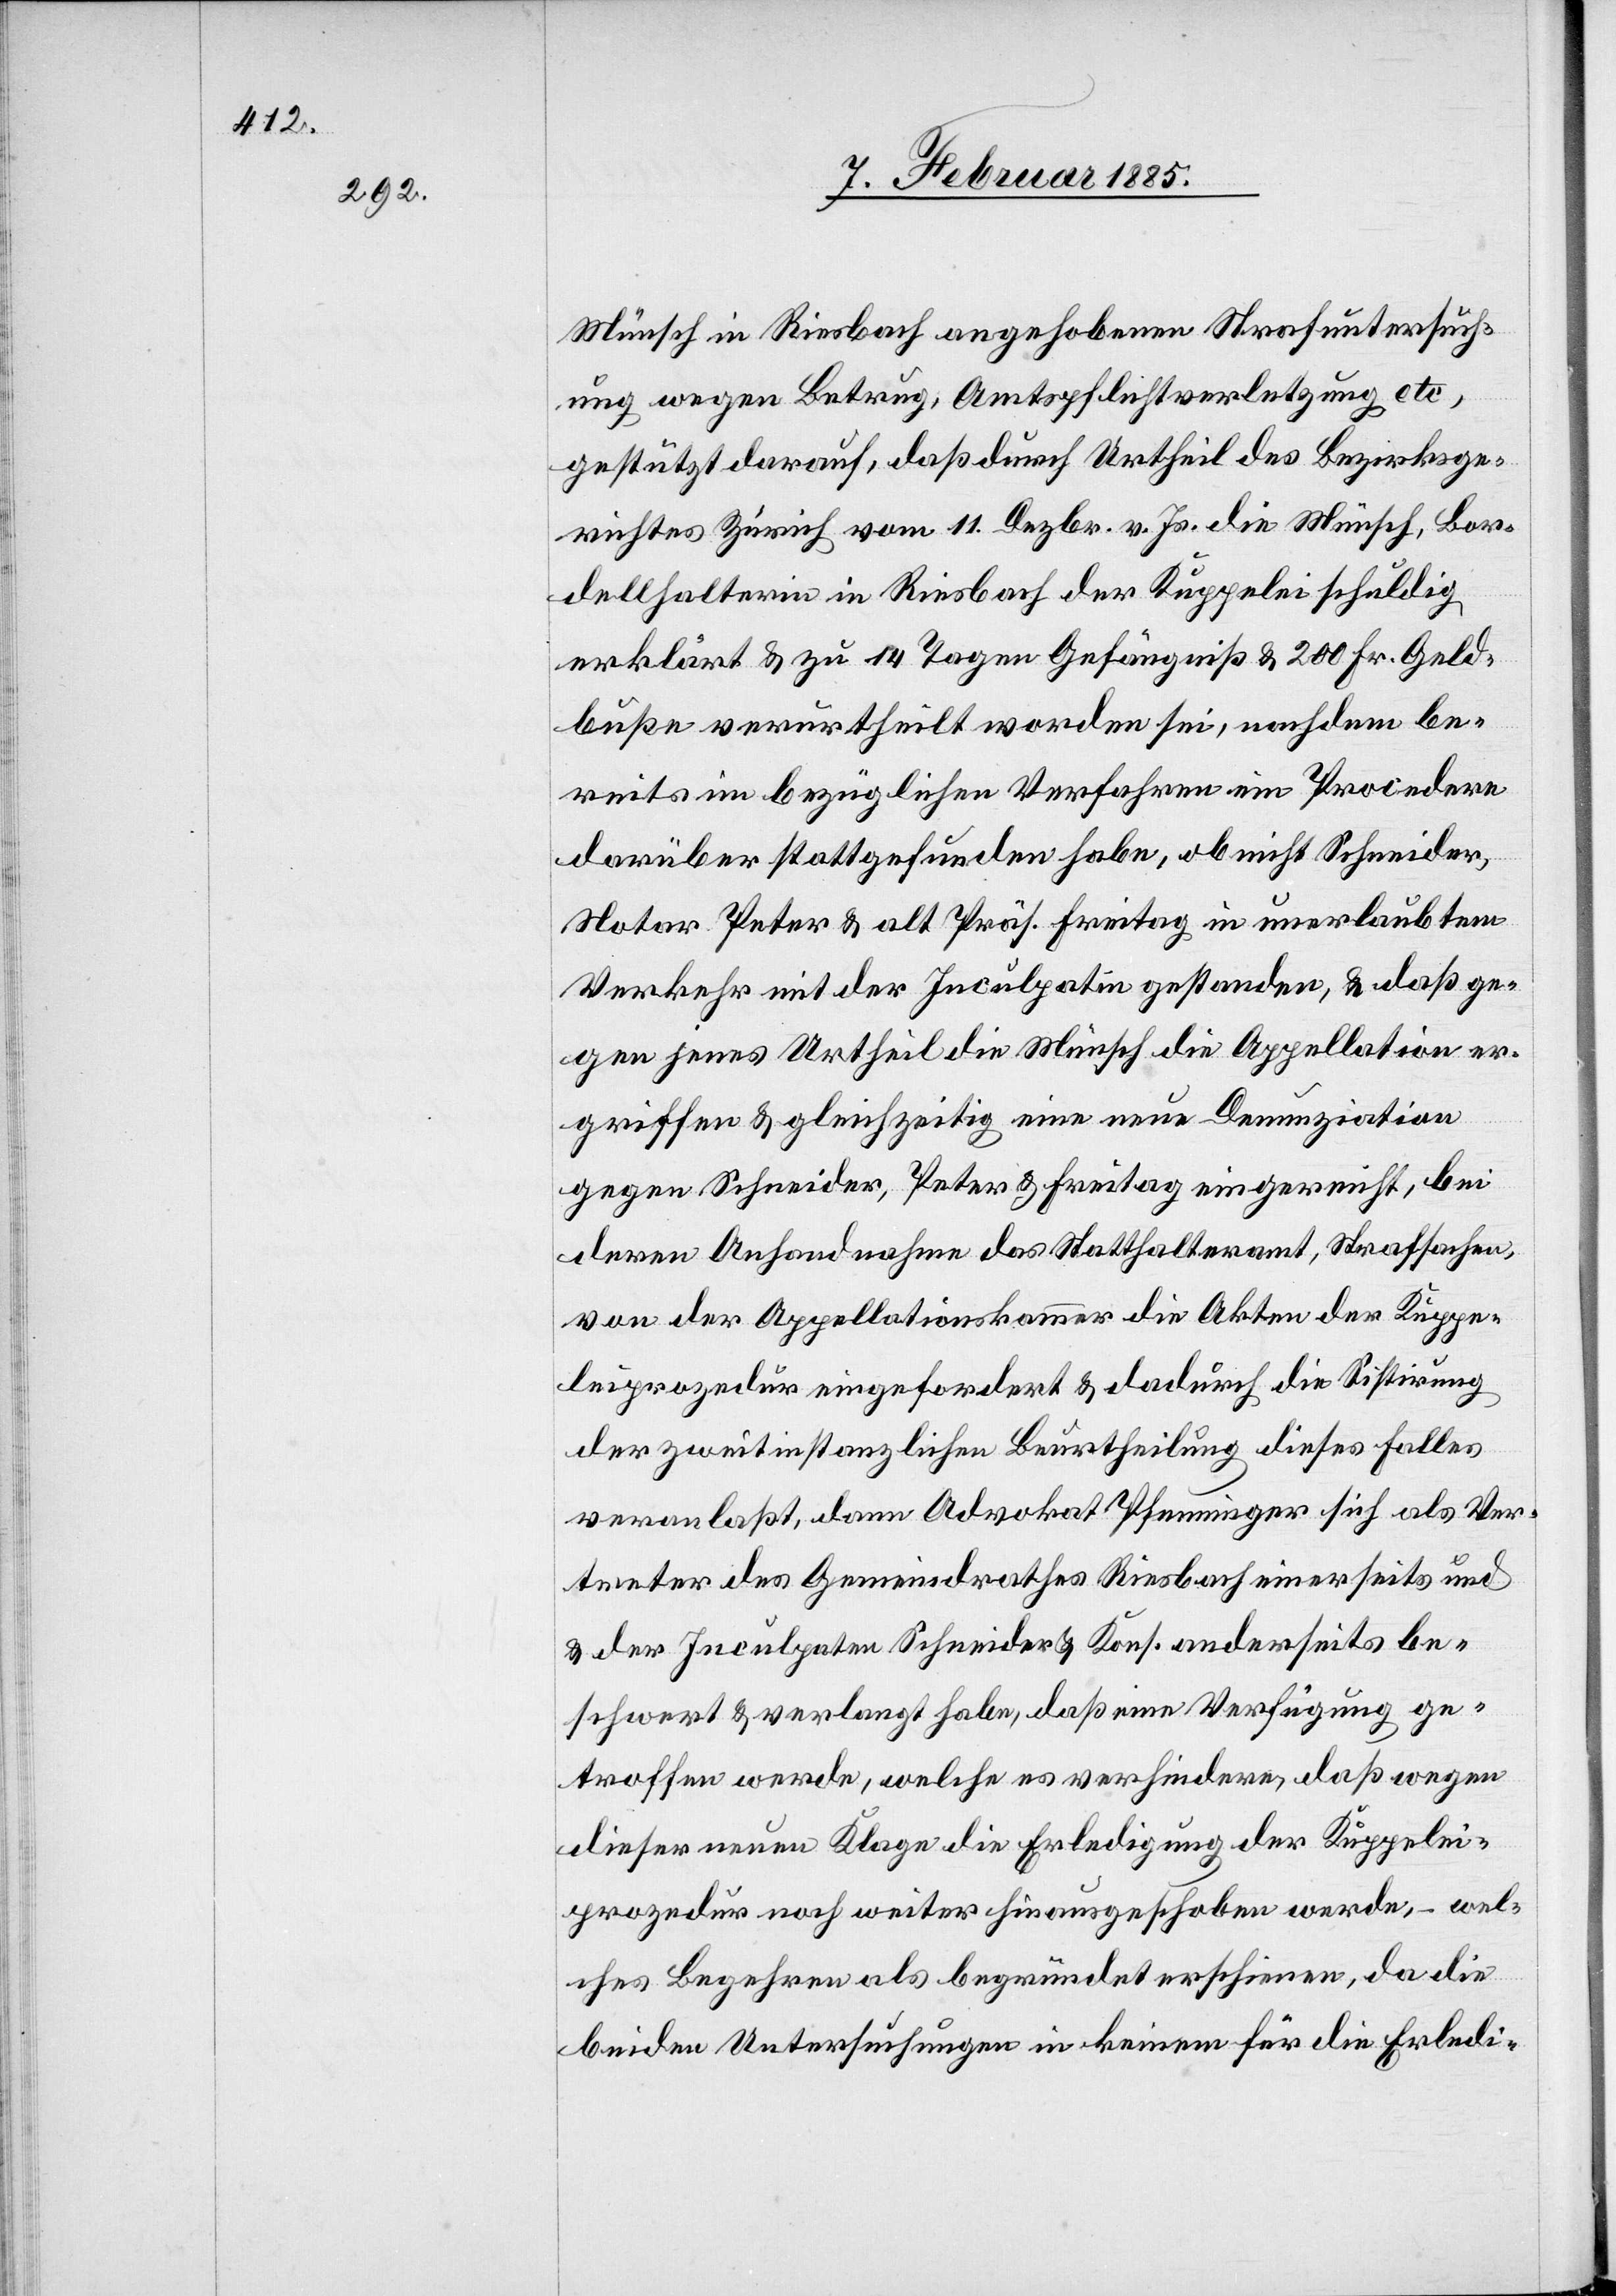
wegen Betrug, Amtspflichtverletzung etc.,
gestützt darauf, daß durch Urtheil des Bezirksge¬
richtes Zürich vom 11. Dezbr. v. Js. die Münsch, Bor¬
dellhalterin in Riesbach der Kuppelei schuldig
erklärt & zu 14 Tagen Gefängniß & 200 Fr. Geld¬
buße verurtheilt worden sei, nachdem be¬
reits im bezüglichen Verfahren ein Procedere
darüber stattgefunden habe, ob nicht Schneider,
Notar Peter & alt Präs. Freitag in unerlaubtem
Verkehr mit der Inculpatin gestanden, & daß ge¬
gen jenes Urtheil die Münsch die Appellation er¬
griffen & gleichzeitig eine neue Denunziation
gegen Schneider, Peter & Freitag eingereicht, bei
deren Anhandnahme das Statthalteramt, Strafsachen,
von der Appellationskammer die Akten der Kuppe¬
leiprozedur eingefordert & dadurch die Sistirung
der zweitinstanzlichen Beurtheilung dieses Falles
veranlaßt, dann Advokat Pfenninger sich als Ver¬
treter des Gemeindrathes Reisbach einerseits und
der Inculpaten Schneider & Kons. anderseits be¬
schwert & veranlangt habe, daß eine Verfügung ge¬
troffen werde, welche es verhindere, daß wegen
dieser neuen Klage die Erledigung der Kuppelei¬
prozedur noch weiter hinausgeschoben werde, – wel¬
ches Begehren als begründet erschienen, da die
beiden Untersuchungen in keinem für die Erledi-